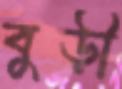
বুড়ী